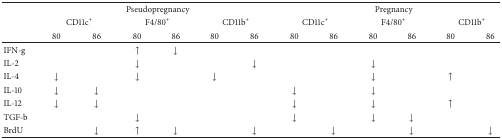
<table><thead><tr><td><b> </b></td><td colspan="6"><b>Pseudopregnancy</b></td><td colspan="6"><b>Pregnancy</b></td></tr><tr><td><b> </b></td><td colspan="2"><b>CD11c<sup>+</sup></b></td><td colspan="2"><b>F4/80<sup>+</sup></b></td><td colspan="2"><b>CD11b<sup>+</sup></b></td><td colspan="2"><b>CD11c<sup>+</sup></b></td><td colspan="2"><b>F4/80<sup>+</sup></b></td><td colspan="2"><b>CD11b<sup>+</sup></b></td></tr><tr><td><b> </b></td><td><b>80</b></td><td><b>86</b></td><td><b>80</b></td><td><b>86</b></td><td><b>80</b></td><td><b>86</b></td><td><b>80</b></td><td><b>86</b></td><td><b>80</b></td><td><b>86</b></td><td><b>80</b></td><td><b>86</b></td></tr></thead><tbody><tr><td>IFN-g</td><td> </td><td> </td><td>↑</td><td>↓</td><td> </td><td> </td><td> </td><td> </td><td> </td><td> </td><td> </td><td> </td></tr><tr><td>IL-2</td><td> </td><td> </td><td>↓</td><td> </td><td> </td><td>↓</td><td> </td><td> </td><td>↓</td><td> </td><td> </td><td> </td></tr><tr><td>IL-4</td><td>↓</td><td> </td><td>↓</td><td> </td><td>↓</td><td> </td><td> </td><td> </td><td>↓</td><td> </td><td>↑</td><td> </td></tr><tr><td>IL-10</td><td>↓</td><td>↓</td><td> </td><td> </td><td> </td><td> </td><td>↓</td><td> </td><td>↓</td><td> </td><td> </td><td> </td></tr><tr><td>IL-12</td><td>↓</td><td>↓</td><td> </td><td> </td><td> </td><td> </td><td>↓</td><td> </td><td>↓</td><td> </td><td>↑</td><td> </td></tr><tr><td>TGF-b</td><td> </td><td> </td><td>↓</td><td> </td><td> </td><td> </td><td>↓</td><td> </td><td>↓</td><td>↓</td><td> </td><td> </td></tr><tr><td>BrdU</td><td> </td><td>↓</td><td>↑</td><td>↓</td><td> </td><td>↓</td><td> </td><td>↓</td><td> </td><td>↓</td><td> </td><td>↓</td></tr></tbody></table>